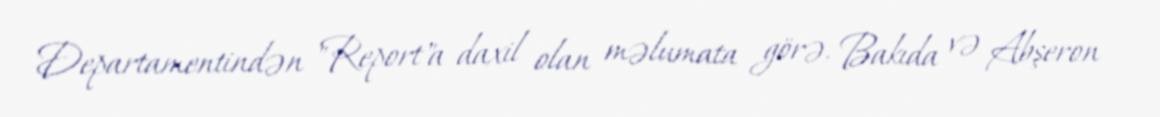
Departamentindən "Report"a daxil olan məlumata görə, Bakıda və Abşeron